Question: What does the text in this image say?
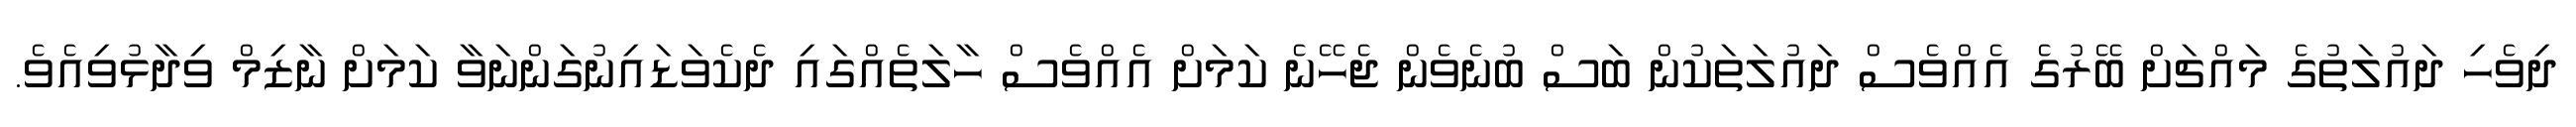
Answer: ދިވެހި ދައުލަތުގެ މައްޗަށް ބޭރުގެ އެއްވެސް ދައުލަތަކުން ބަސް ބުނެވެން ޖެހޭނެ ކަމަށް އެއްވެސް ހާލަތެއްގައި ދެކެވަޑައިނުގަންނަވާ ކަމަށް ނާޒިމް ވިދާޅުވިއެވެ.